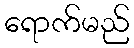
ရောက်မည်